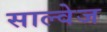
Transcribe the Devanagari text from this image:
साल्वेज